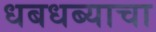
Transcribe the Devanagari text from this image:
धबधब्याचा